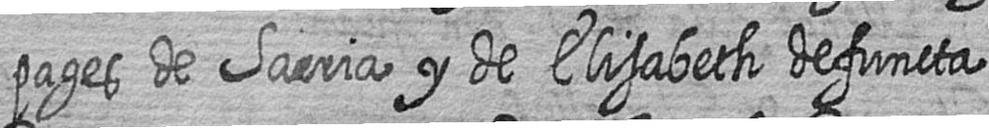
pages de Sarria y de Elisabeth defuncta